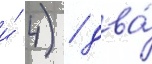
и́ 4) / два́